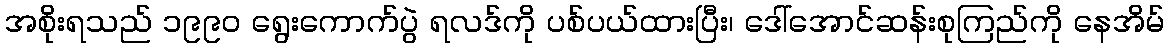
အစိုးရသည် ၁၉၉၀ ရွေးကောက်ပွဲ ရလဒ်ကို ပစ်ပယ်ထားပြီး၊ ဒေါ်အောင်ဆန်းစုကြည်ကို နေအိမ်